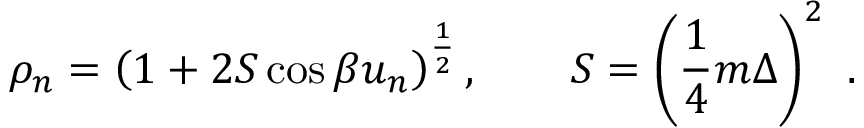
\rho _ { n } = \left( 1 + 2 S \cos \beta u _ { n } \right) ^ { \frac { 1 } { 2 } } , \qquad S = \left( { \frac { 1 } { 4 } } m \Delta \right) ^ { 2 } \ .